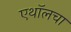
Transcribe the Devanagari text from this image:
एथॉलचा